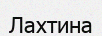
Лахтина